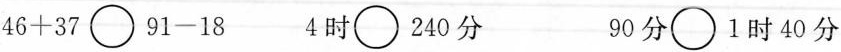
$$46+37\bigcirc91-18$$ $$4时\bigcirc240分$$ $$90分\bigcirc1时40分$$